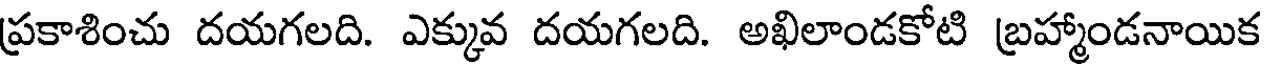
ప్రకాశించు దయగలది. ఎక్కువ దయగలది. అఖిలాండకోటి బ్రహ్మాండనాయిక